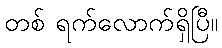
တစ် ရက်လောက်ရှိပြီ။